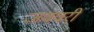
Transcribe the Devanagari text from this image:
जववरी